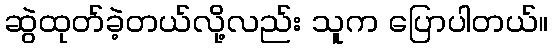
ဆွဲထုတ်ခဲ့တယ်လို့လည်း သူက ပြောပါတယ်။